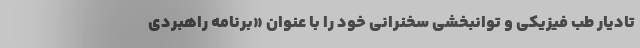
تادیار طب فیزیکی و توانبخشی سخنرانی خود را با عنوان «برنامه راهبردی